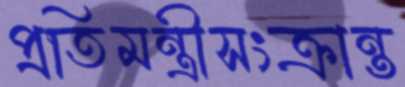
প্রতিমন্ত্রীসংক্রান্ত